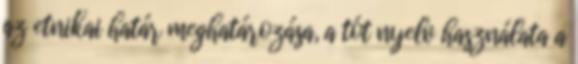
az etnikai határ meghatározása, a tót nyelv használata a